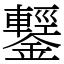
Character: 鑋